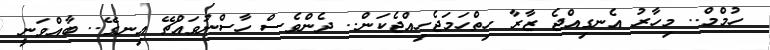
ހުމްމް.. މިހާރު އެނގިއްޖެ ޒާރާ ހިތްހަމަޖެހިއްޖެކަން.. ދެންވެސް ހާސްނުވަައްޗޭ އިނގޭ.. ބާއްވަނީ